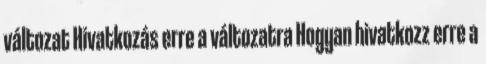
változat Hivatkozás erre a változatra Hogyan hivatkozz erre a